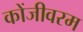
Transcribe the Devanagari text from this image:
कोंजीवरम